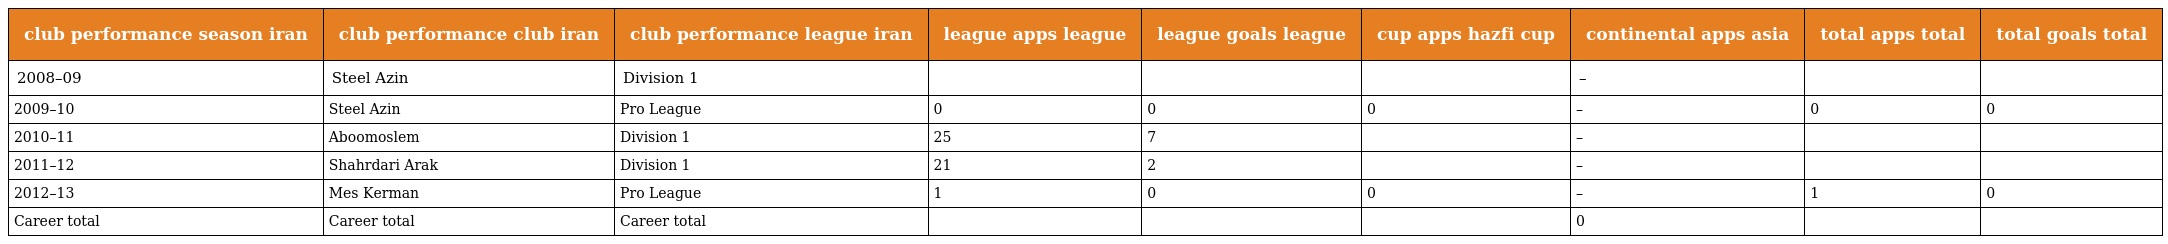
| club performance season iran | club performance club iran | club performance league iran | league apps league | league goals league | cup apps hazfi cup | continental apps asia | total apps total | total goals total |
 | --- | --- | --- | --- | --- | --- | --- | --- | --- |
 | 2008–09 | Steel Azin | Division 1 |  |  |  | – |  |  |
 | 2009–10 | Steel Azin | Pro League | 0 | 0 | 0 | – | 0 | 0 |
 | 2010–11 | Aboomoslem | Division 1 | 25 | 7 |  | – |  |  |
 | 2011–12 | Shahrdari Arak | Division 1 | 21 | 2 |  | – |  |  |
 | 2012–13 | Mes Kerman | Pro League | 1 | 0 | 0 | – | 1 | 0 |
 | Career total | Career total | Career total |  |  |  | 0 |  |  |